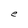
Character: e